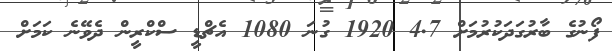
ފޯނުގެ ބާރުގަދަކުރުމަށް 4.7 1920 ގުނަ 1080 އެޗްޑީ ސްކްރީން ދެވޭނެ ކަމަށް